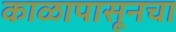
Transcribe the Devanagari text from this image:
काळापासूनचा